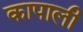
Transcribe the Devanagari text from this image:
कापाली